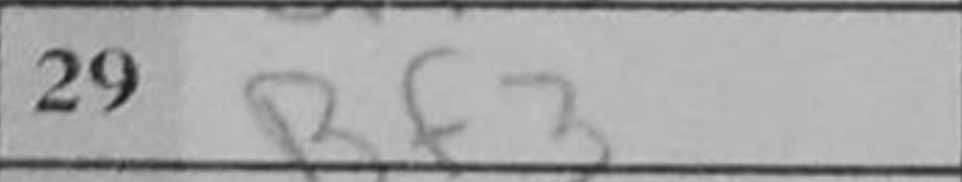
Transcription: Bf3